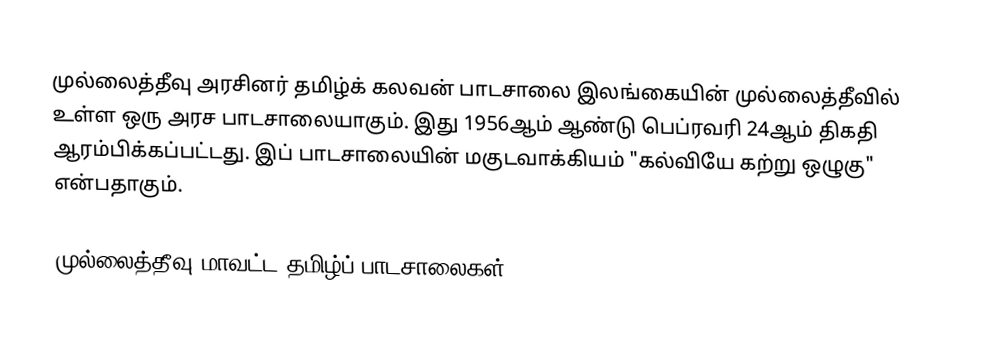
முல்லைத்தீவு அரசினர் தமிழ்க் கலவன் பாடசாலை இலங்கையின் முல்லைத்தீவில் உள்ள ஒரு அரச பாடசாலையாகும். இது 1956ஆம் ஆண்டு பெப்ரவரி 24ஆம் திகதி  ஆரம்பிக்கப்பட்டது. இப் பாடசாலையின் மகுடவாக்கியம் "கல்வியே கற்று ஒழுகு" என்பதாகும்.

முல்லைத்தீவு மாவட்ட தமிழ்ப் பாடசாலைகள்